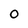
Character: 0